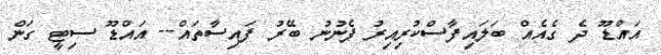
އައްޑޫ ދެ ގެއެއް ބަލައިފާސްކުރިއިރު ފެނުނު ބޭރު ފައިސާތައް-- އައްޑޫ ސިޓީ ގަން